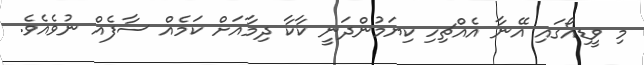
މި ވީޑިއޯގައި އޭނާ އެއްޗިހި ކިޔަމުންދަނީ ކާކާ ދިމާއަށް ކަމެއް ސާފެއް ނުވެއެވެ.